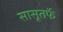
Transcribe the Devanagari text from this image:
सासूतर्फे